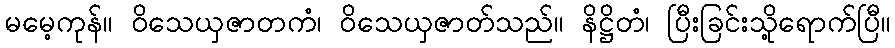
မမေ့ကုန်။ ဝိသေယှဇာတကံ၊ ဝိသေယှဇာတ်သည်။ နိဋ္ဌိတံ၊ ပြီးခြင်းသို့ရောက်ပြီ။